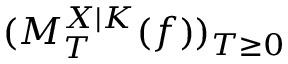
( M _ { T } ^ { X | K } ( f ) ) _ { T \geq 0 }